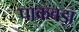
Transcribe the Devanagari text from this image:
पाकबड़ा